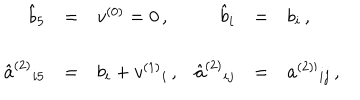
LaTeX: \begin{array} { r c l r c l } { { \hat { b } _ { 5 } } } & { { = } } & { { v ^ { ( 0 ) } = 0 \, , } } & { { \hat { b } _ { i } } } & { { = } } & { { b _ { i } \, , \hspace { 1 c m } } } \\ { { } } & { { } } & { { } } & { { } } & { { } } & { { } } \\ { { \hat { a } ^ { ( 2 ) } { } _ { i 5 } } } & { { = } } & { { b _ { i } + v ^ { ( 1 ) } { } _ { i } \, , } } & { { \hat { a } ^ { ( 2 ) } { } _ { i j } } } & { { = } } & { { a ^ { ( 2 ) \prime } { } _ { i j } \, , } } \\ \end{array}